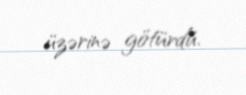
üzərinə götürdü.